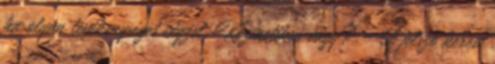
ha olyan tevékenységet végzel, Kozmetikus vagy? Új jelszó kérése